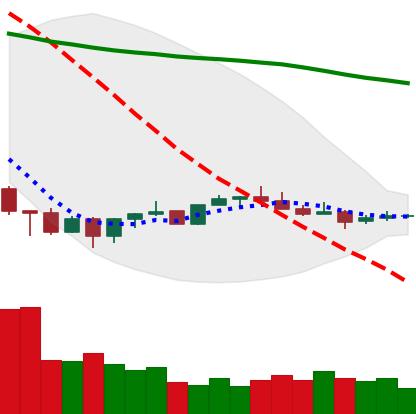
Ticker: XMR-USD
Chart end date: 2022-07-03
Forward return: 7.948%
Label: up_7plus